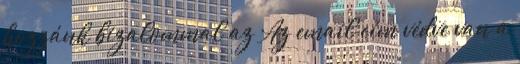
hozzánk bizalommal az Az email cím védve van a